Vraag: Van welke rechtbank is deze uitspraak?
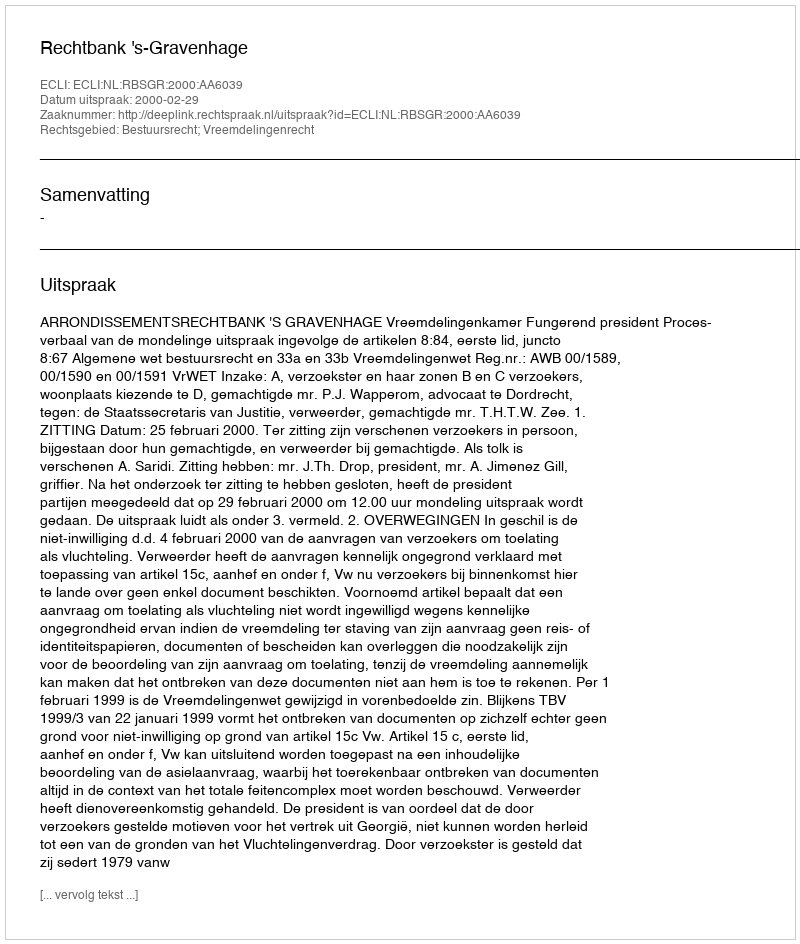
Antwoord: Rechtbank 's-Gravenhage